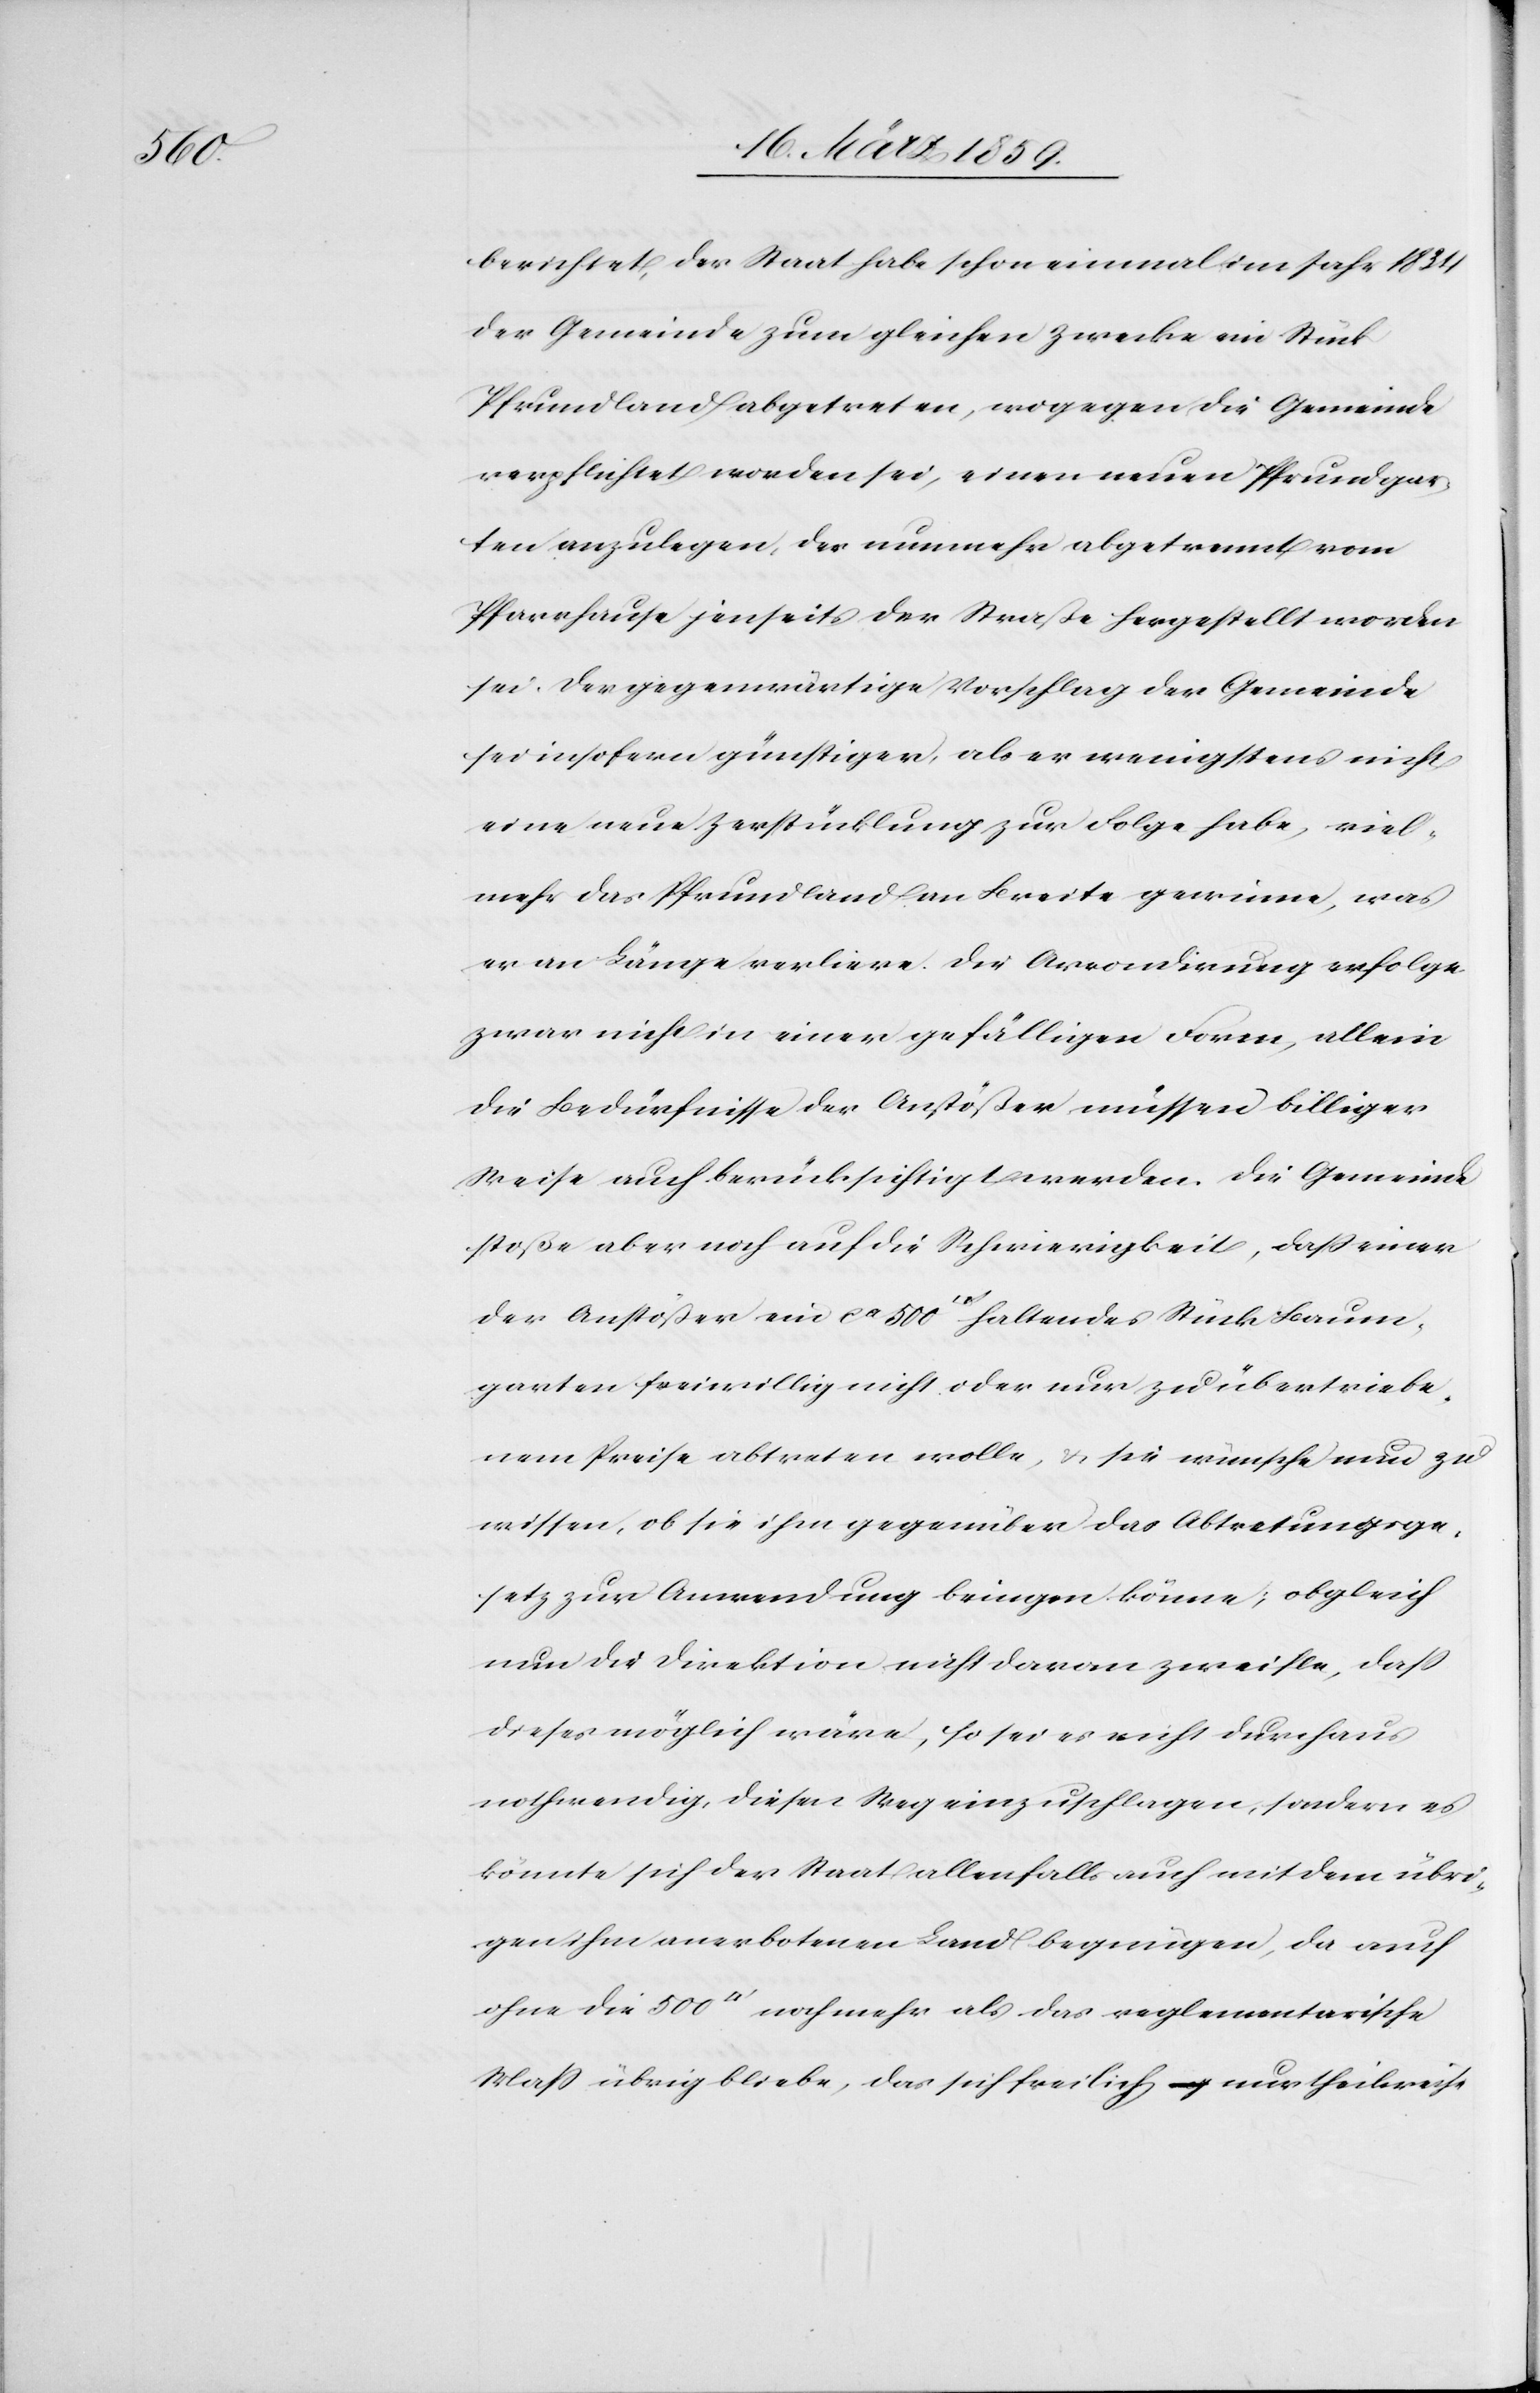
500

berichtet, der Staat habe schon einmal im Jahr 1834
der Gemeinde zum gleichen Zwecke ein Stück
Pfrundland abgetreten, wogegen die Gemeinde
verpflichtet worden sei, einen neuen Pfrundgar¬
ten anzulegen, der nunmehr abgetrennt von
Pfarrhause jenseits der Straße hergestellt worden
sei. Der gegenwärtige Vorschlag der Gemeinde
sei insofern günstiger, als er wenigstens nicht
eine neue Zerstücklung zur Folge habe, viel¬
mehr das Pfrundland an Breite gewinne, was
es] an Länge verliere. Die Arrondirung erfolge
zwar nicht in einer gefälligen Form, allein
die Bedürfnisse der Anstößer müssen billiger
Weise auch berücksichtigt werden. Die Gemeinde
stoße aber noch auf die Schwierigkeit, daß einer
der Anstößer ein ca 500 [Quadratfuß] haltendes Stück Baum¬
garten freiwillig nicht oder nur zu übertriebe¬
nem Preise abtreten wolle, & sie wünsche nun zu
wissen, ob sie ihm gegenüber das Abtretungsge¬
setz zur Anwendung bringen könne; obgleich
nun die Direktion nicht daran zweifle, daß
dieses möglich wäre, so sei es nicht durchaus
nothwendig, diesen Weg einzuschlagen, sondern es
könnte sich der Staat allenfalls auch mit dem übri¬
gen ihm anerbotenen Land begnügen, da auch
Maß übrig bliebe, das sich freilich nur theilweise